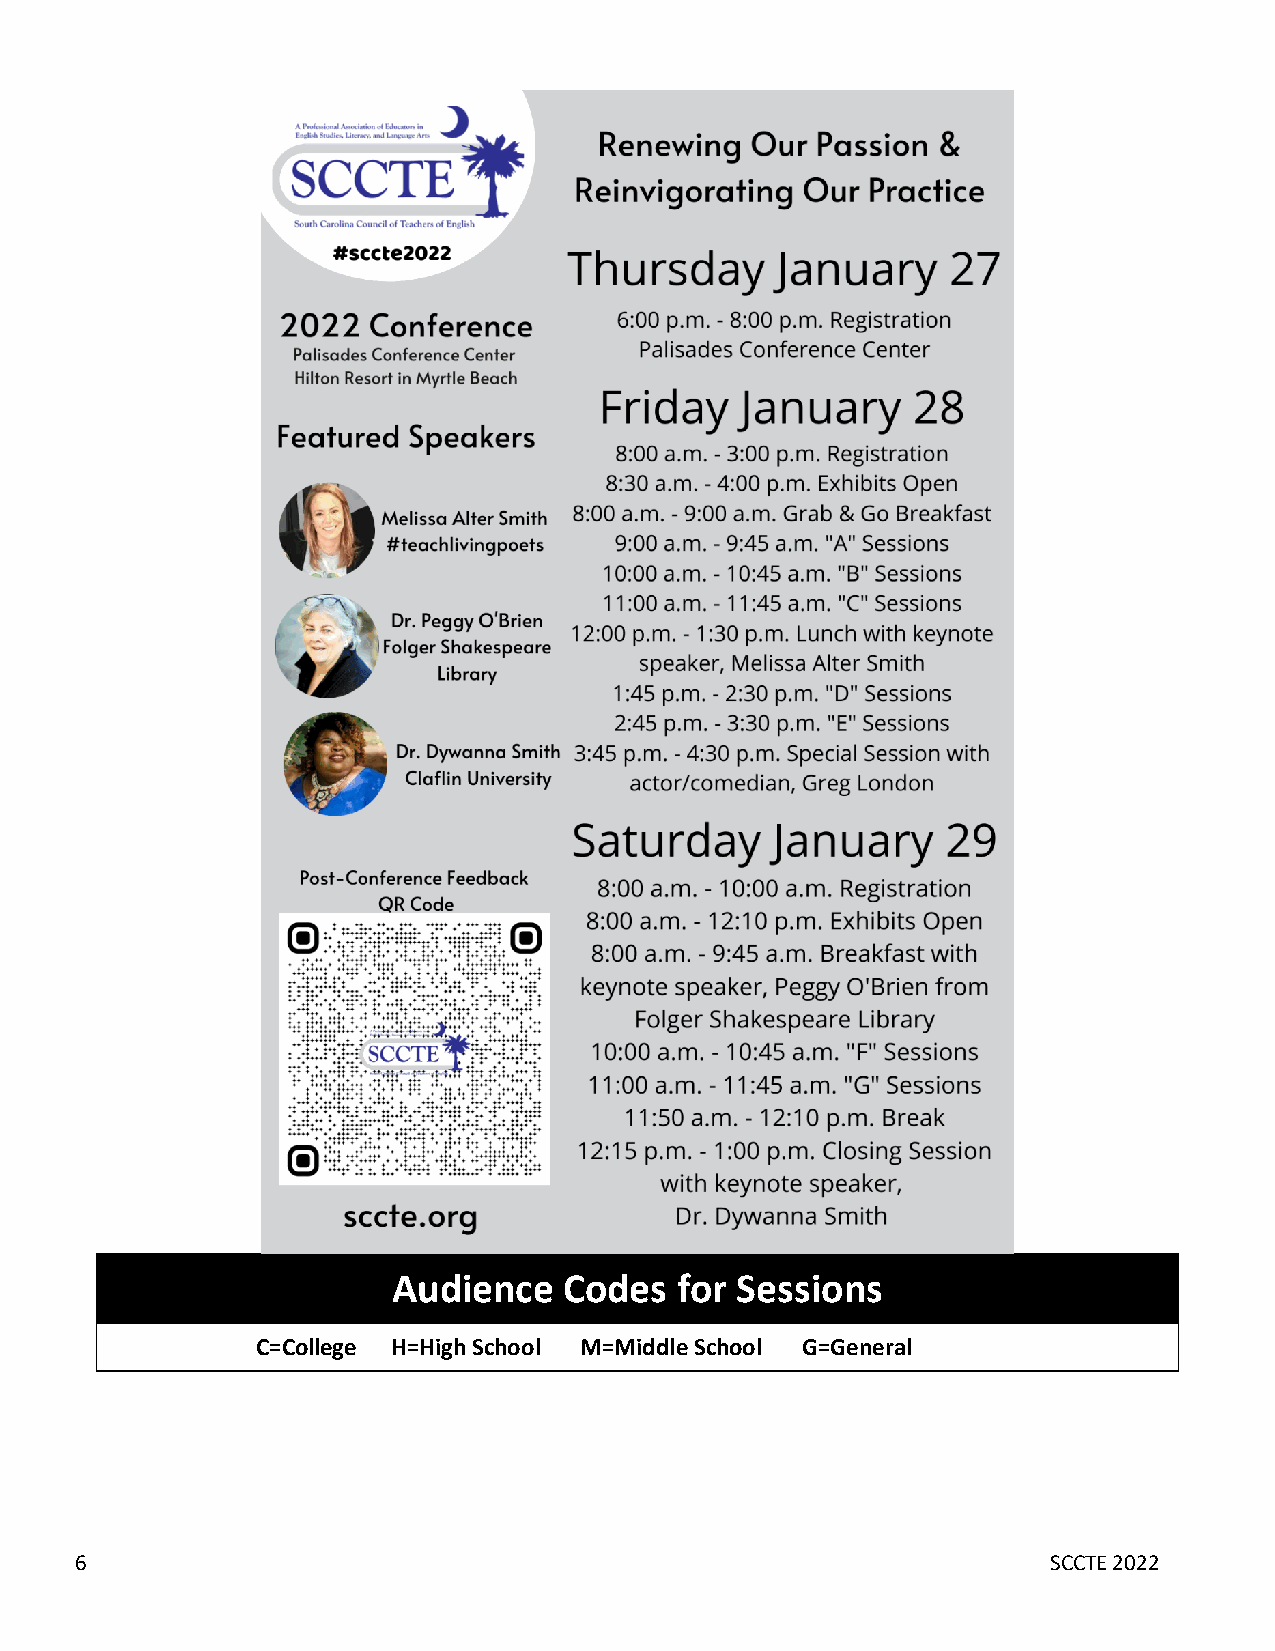
Audience   Codes   for Sessions
 C=College H=High School M=Middle School G=General
 6                                                                SCCTE 2022